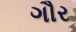
ગૌર